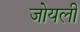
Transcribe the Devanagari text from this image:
जोयली